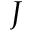
J